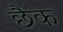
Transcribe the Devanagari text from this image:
छैक